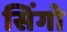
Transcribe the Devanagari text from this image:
सिंगो